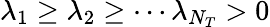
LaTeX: \lambda_{1}\ge\lambda_{2}\ge\cdots\lambda_{N_{T}}>0